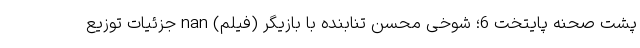
پشت صحنه پایتخت 6؛ شوخی محسن تنابنده با بازیگر (فیلم) nan جزئیات توزیع